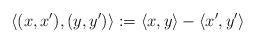
LaTeX: \begin{align*} \langle (x, x'), (y, y') \rangle := \langle x, y \rangle - \langle x', y' \rangle\end{align*}